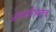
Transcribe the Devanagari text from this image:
ओळखीच्याच